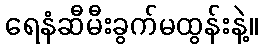
ရေနံဆီမီးခွက်မထွန်းနဲ့။